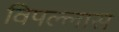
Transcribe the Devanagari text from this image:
विपल्लास